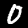
Label: 0